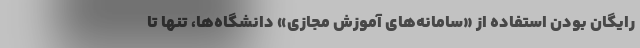
رایگان بودن استفاده از «سامانه‌های آموزش مجازی» دانشگاه‌ها، تنها تا